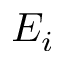
E _ { i }